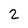
Character: 2